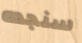
سنجده